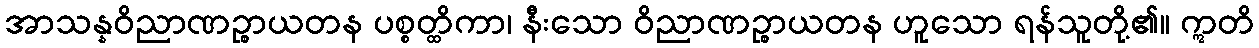
အာသန္နဝိညာဏဉ္စာယတန ပစ္စတ္ထိကာ၊ နီးသော ဝိညာဏဉ္စာယတန ဟူသော ရန်သူတို့၏။ ဣတိ